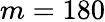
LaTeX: m=180